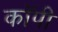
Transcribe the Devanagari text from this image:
काॅपी